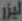
ليزر